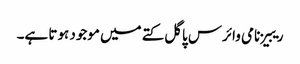
ریبیز نامی وائرس پاگل کتے میں موجود ہوتا ہے۔